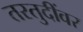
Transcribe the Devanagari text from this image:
तरतुदींवर